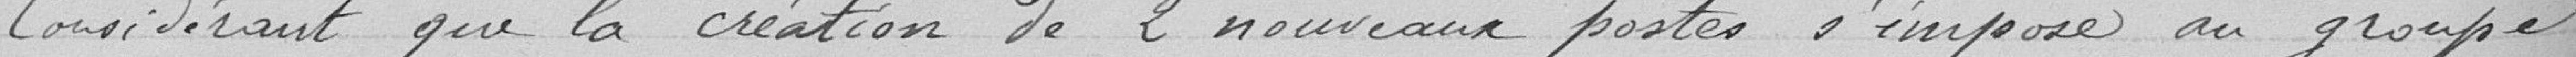
Considérant que la création de 2 nouveaux postes s''impose au groupe